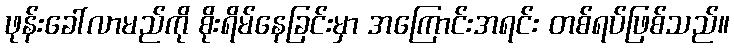
ဖုန်းခေါ်လာမည်ကို စိုးရိမ်နေခြင်းမှာ အကြောင်းအရင်း တစ်ရပ်ဖြစ်သည်။